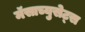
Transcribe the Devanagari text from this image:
मॅसाच्युसेट्स